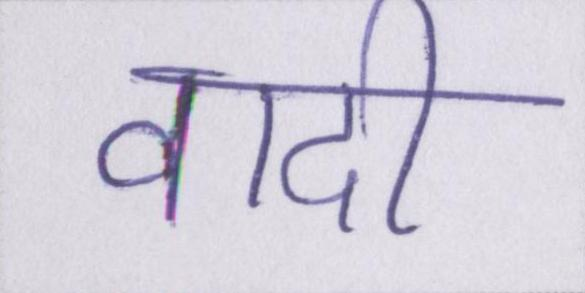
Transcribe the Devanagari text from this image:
वादी